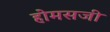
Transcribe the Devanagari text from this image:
होमसजी